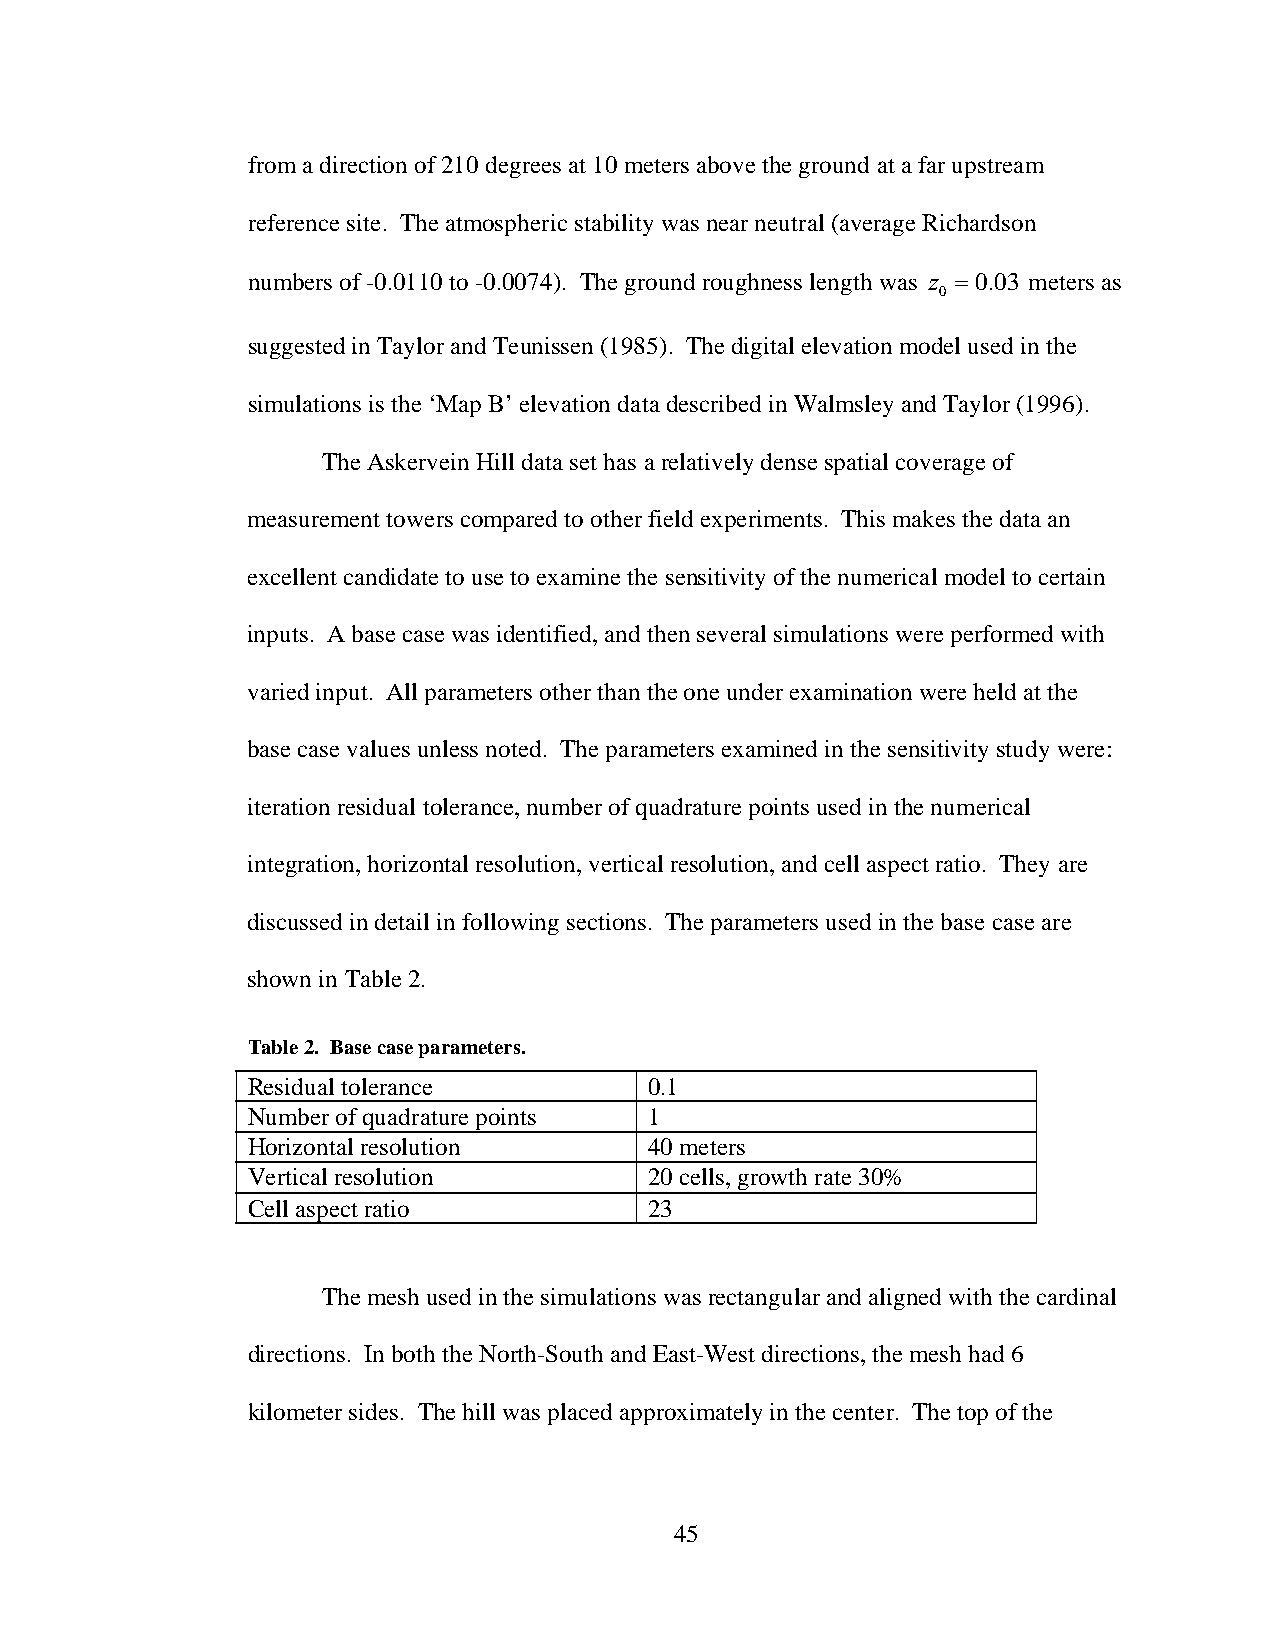
from a direction of 210 degrees at 10 meters above the ground at a far upstream
 reference site. The atmospheric stability was near neutral (average Richardson
 numbers of -0.0110 to -0.0074). The ground roughness length was z =0.03 meters as
 0
 suggested in Taylor and Teunissen (1985). The digital elevation model used in the
 simulations is the ‘Map B’ elevation data described in Walmsley and Taylor (1996).
 The Askervein Hill data set has a relatively dense spatial coverage of
 measurement towers compared to other field experiments. This makes the data an
 excellent candidate to use to examine the sensitivity of the numerical model to certain
 inputs. A base case was identified, and then several simulations were performed with
 varied input. All parameters other than the one under examination were held at the
 base case values unless noted. The parameters examined in the sensitivity study were:
 iteration residual tolerance, number of quadrature points used in the numerical
 integration, horizontal resolution, vertical resolution, and cell aspect ratio. They are
 discussed in detail in following sections. The parameters used in the base case are
 shown in Table 2.
 Table 2. Base case parameters.
 Residual tolerance         0.1
 Number of quadrature points 1
 Horizontal resolution      40 meters
 Vertical resolution        20 cells, growth rate 30%
 Cell aspect ratio          23
 The mesh used in the simulations was rectangular and aligned with the cardinal
 directions. In both the North-South and East-West directions, the mesh had 6
 kilometer sides. The hill was placed approximately in the center. The top of the
 45